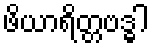
ဖိယာရိတ္တဗဒ္ဓါ